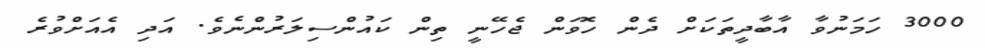
3000 ހަމަނުވާ އާބާދީތަކަށް ދެން ހޮވަން ޖެހޭނީ ތިން ކައުންސިލަރުންނެވެ. އަދި އެއަށްވުރެ